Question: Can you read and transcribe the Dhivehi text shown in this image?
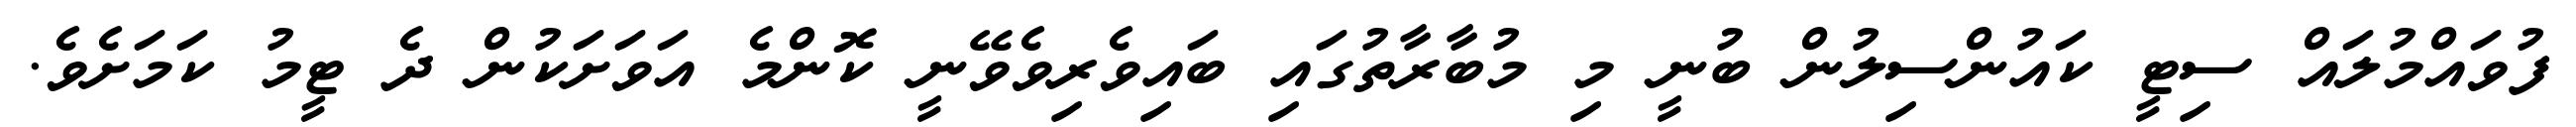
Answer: ފުވައްމުލައް ސިޓީ ކައުންސިލުން ބުނީ މި މުބާރާތުގައި ބައިވެރިވެވޭނީ ކޮންމެ އަވަށަކުން ދެ ޓީމު ކަމަށެވެ.